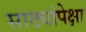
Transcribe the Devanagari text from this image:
साठ्यांपेक्षा